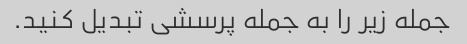
جمله زیر را به جمله پرسشی تبدیل کنید.